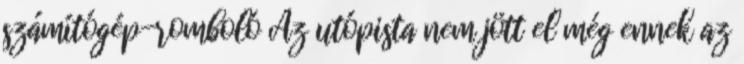
számítógép-romboló Az utópista nem jött el még ennek az